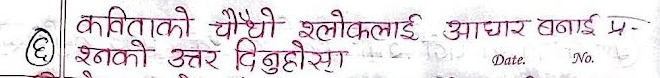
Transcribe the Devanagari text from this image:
(६) कविताको चौथो श्लोकलाई आधार बनाई प्रश्नको उत्तर दिनुहोस्